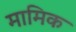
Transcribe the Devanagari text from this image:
मामिक